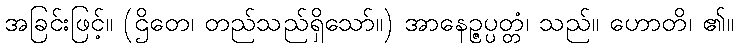
အခြင်းဖြင့်။ (ဌိတေ၊ တည်သည်ရှိသော်။) အာနေဉ္ဇပ္ပတ္တံ၊ သည်။ ဟောတိ၊ ၏။